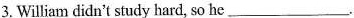
3. William didn't study hard, so he___.